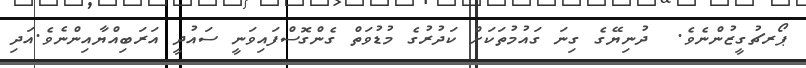
ޕޯރޗުގީޒުންނެވެ.  ދުނިޔޭގެ ގިނަ ގައުމުތަކަށް ކަދުރުގެ މުޑުވަތް ގެންގޮސްފައިވަނީ ސައުދީ އަރަބިއްޔާއިންނެވެ.އަދި